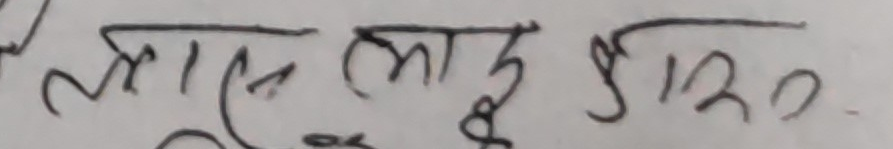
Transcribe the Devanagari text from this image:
लागत लागु रु120